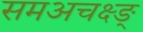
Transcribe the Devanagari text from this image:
समअचक्ष्ङ्